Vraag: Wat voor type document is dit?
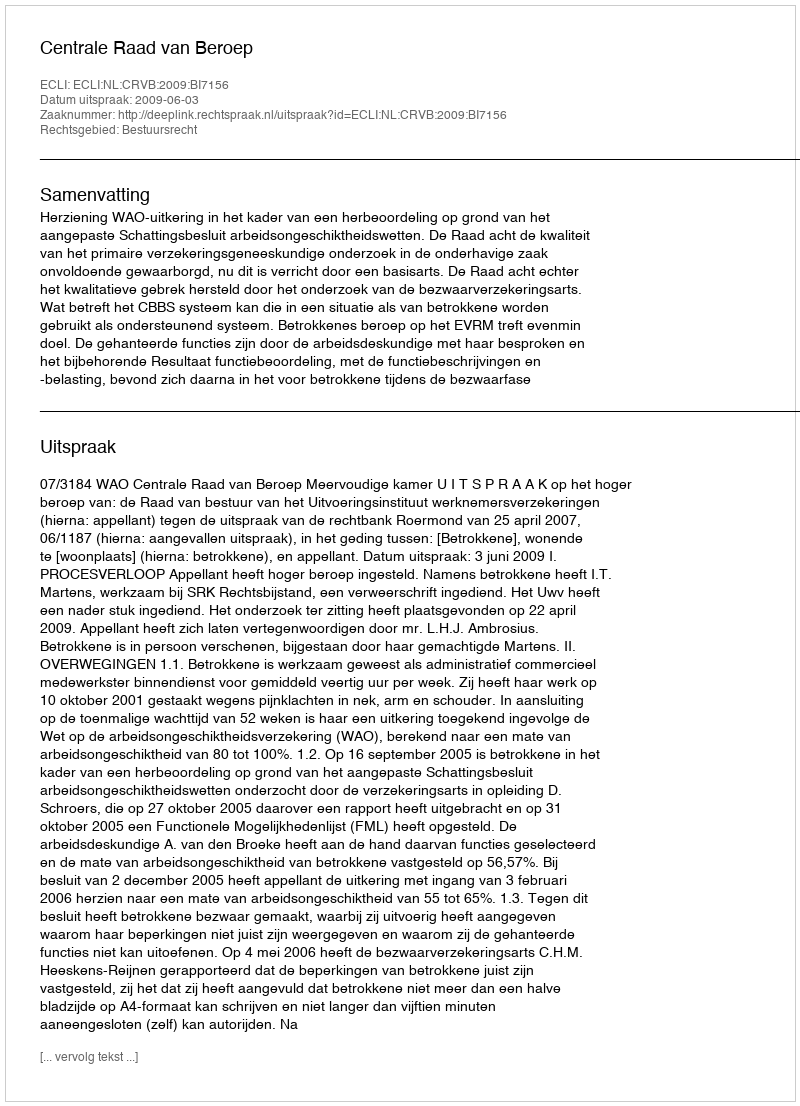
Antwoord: Uitspraak